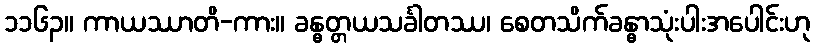
၁၁၆၃။ ကာယဿာတိ-ကား။ ခန္ဓတ္တယသင်္ခါတဿ၊ စေတသိက်ခန္ဓာသုံးပါးအပေါင်းဟု